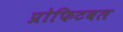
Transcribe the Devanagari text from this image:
प्रोफिटबल